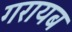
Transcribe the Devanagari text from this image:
गरायब